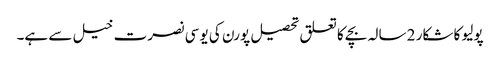
پولیو کا شکار 2 سالہ بچے کا تعلق تحصیل پورن کی یو سی نصرت خیل سے ہے۔